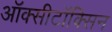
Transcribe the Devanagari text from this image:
ऑक्सीटॉक्सिन